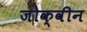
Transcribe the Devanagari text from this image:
जोक्वीन